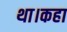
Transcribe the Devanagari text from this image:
था।कहा